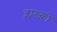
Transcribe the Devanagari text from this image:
ब्लास्च्को